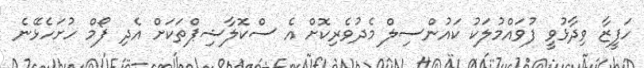
ހަފީޒާ ވިދާޅުވީ ފުވައްމުލަކު ކައުންސިލް މެދުވެރިކޮށް އެ ސްކޮލާޝިޕްތަކަށް އެދި ފޯމް ހުށަހެޅޭނެ